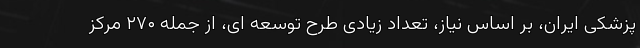
پزشکی ایران، بر اساس نیاز، تعداد زیادی طرح توسعه ای، از جمله ۲۷۰ مرکز